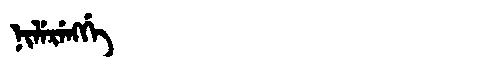
Manchu: ᠨᡳᠯᡝᡵᡝᠩᡤᡝ
Romanization: NILERENGGE